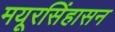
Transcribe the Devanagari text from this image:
मयूरसिंहासन